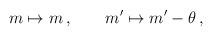
LaTeX: \begin{align*} m\mapsto m\,,\qquad m'\mapsto m'-\theta\,,\end{align*}